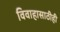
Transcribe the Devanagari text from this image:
विवाहासाठीही